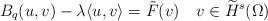
LaTeX: \begin{align*} B_q(u, v)-\lambda\langle u,v\rangle=\tilde{F}(v) \ \ \ v\in \widetilde{H}^s(\Omega)\end{align*}